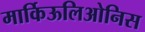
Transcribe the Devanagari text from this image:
मार्किऊलिओनिस